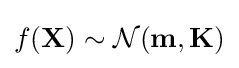
f(\mathbf {X} )\sim {\mathcal {N}}(\mathbf {m} ,\mathbf {K} )